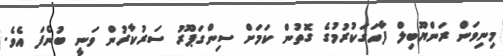
މިނިވަން ރަންޔޫބިލް ފާހަގަކުރުމުގެ ގޮތުން ކަމަށް ސިންގަޕޫރު ސަރުކާރުން ވަނީ ބުނެފަ އެވެ.